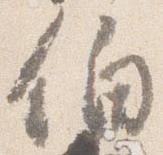
伯